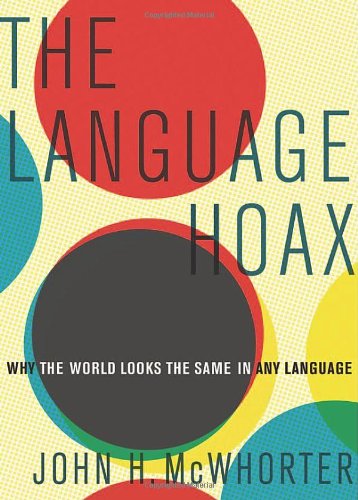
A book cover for The Language Hoax: Why the World Looks the Same in Any Language; John H. McWhorter; Reference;